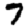
Digit: 7